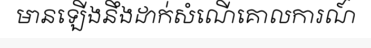
មានឡើងនឹងដាក់សំណើគោលការណ៍